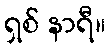
ရှစ် နာရီ။